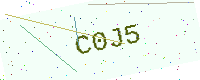
Text: C0J5